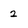
Character: 2